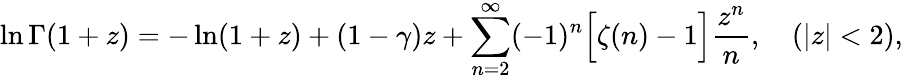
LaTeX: \ln\Gamma(1+z)=-\ln(1+z)+(1-\gamma)z+\sum_{n=2}^{\infty}(-1)^{n}\Bigl[\zeta(n)-1\Bigr]\frac{z^{n}}{n},\quad(|z|<2),